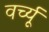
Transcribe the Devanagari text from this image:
वर्च्यू